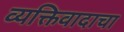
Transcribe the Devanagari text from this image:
व्यक्तिवादाचा